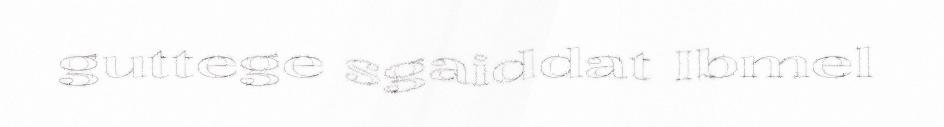
guttege sgaiddat Ibmel